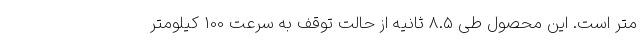
متر است. این محصول طی 8.5 ثانیه از حالت توقف به سرعت 100 کیلومتر